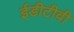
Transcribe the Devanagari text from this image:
ईडीटीवी